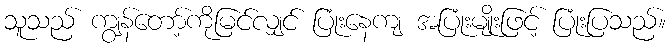
သူသည် ကျွန်တော့်ကိုမြင်လျှင် ပြုံးနေကျ အပြုံးမျိုးဖြင့် ပြုံးပြသည်။